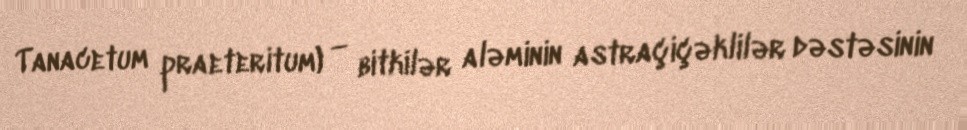
Tanacetum praeteritum) — bitkilər aləminin astraçiçəklilər dəstəsinin